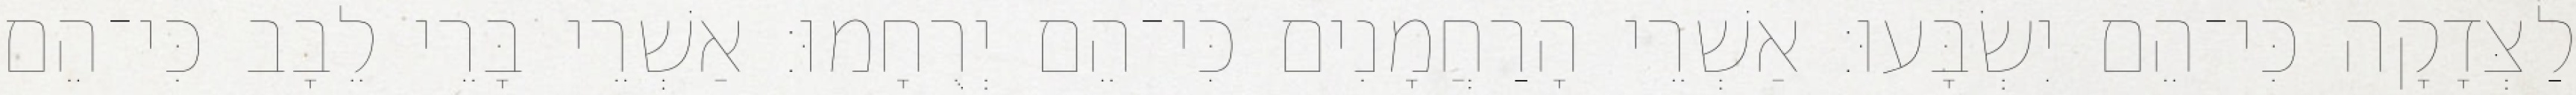
לַצְּדָקָה כִּי־הֵם יִשְׂבָּעוּ׃ אַשְׁרֵי הָרַחֲמָנִים כִּי־הֵם יְרֻחָמוּ׃ אַשְׁרֵי בָּרֵי לֵבָב כִּי־הֵם